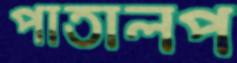
পাতালপ